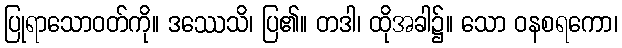
ပြုရာသောဝတ်ကို။ ဒဿေသိ၊ ပြ၏။ တဒါ၊ ထိုအခါ၌။ သော ဝနစရကော၊